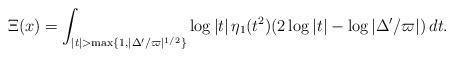
LaTeX: \begin{align*}\Xi(x)=\int_{|t| >\max\{1,|\Delta'/\varpi|^{1/2}\} }\log|t|\,\eta_1(t^2)(2\log|t|-\log|\Delta'/\varpi|)\,dt.\end{align*}